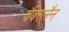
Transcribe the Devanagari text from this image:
चैंबरलैन